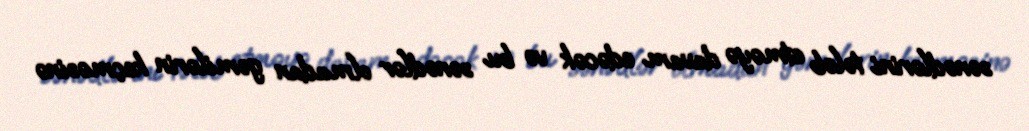
sənədlərini tələb etməyə davam edəcək və bu sənədlər olmadan gəmilərin keçməsinə